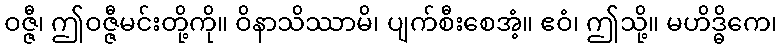
ဝဇ္ဇီ၊ ဤဝဇ္ဇီမင်းတို့ကို။ ဝိနာသိဿာမိ၊ ပျက်စီးစေအံ့။ ဧဝံ၊ ဤသို့။ မဟိဒ္ဓိကေ၊